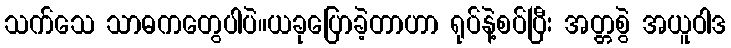
သက်သေ သာဓကတွေပါပဲ။ယခုပြောခဲ့တာဟာ ရုပ်နဲ့စပ်ပြီး အတ္တစွဲ အယူဝါဒ